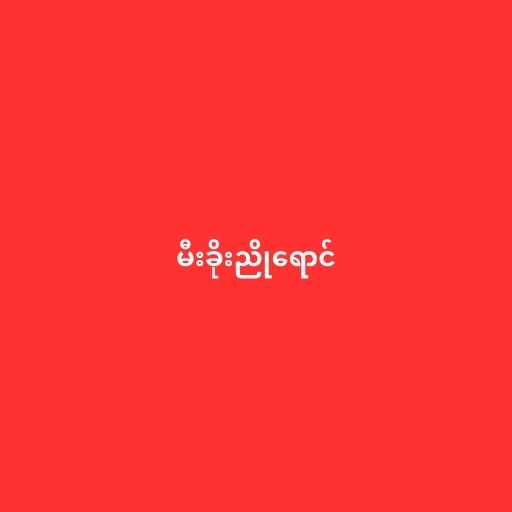
မီးခိုးညိုရောင်